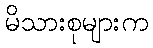
မိသားစုများက